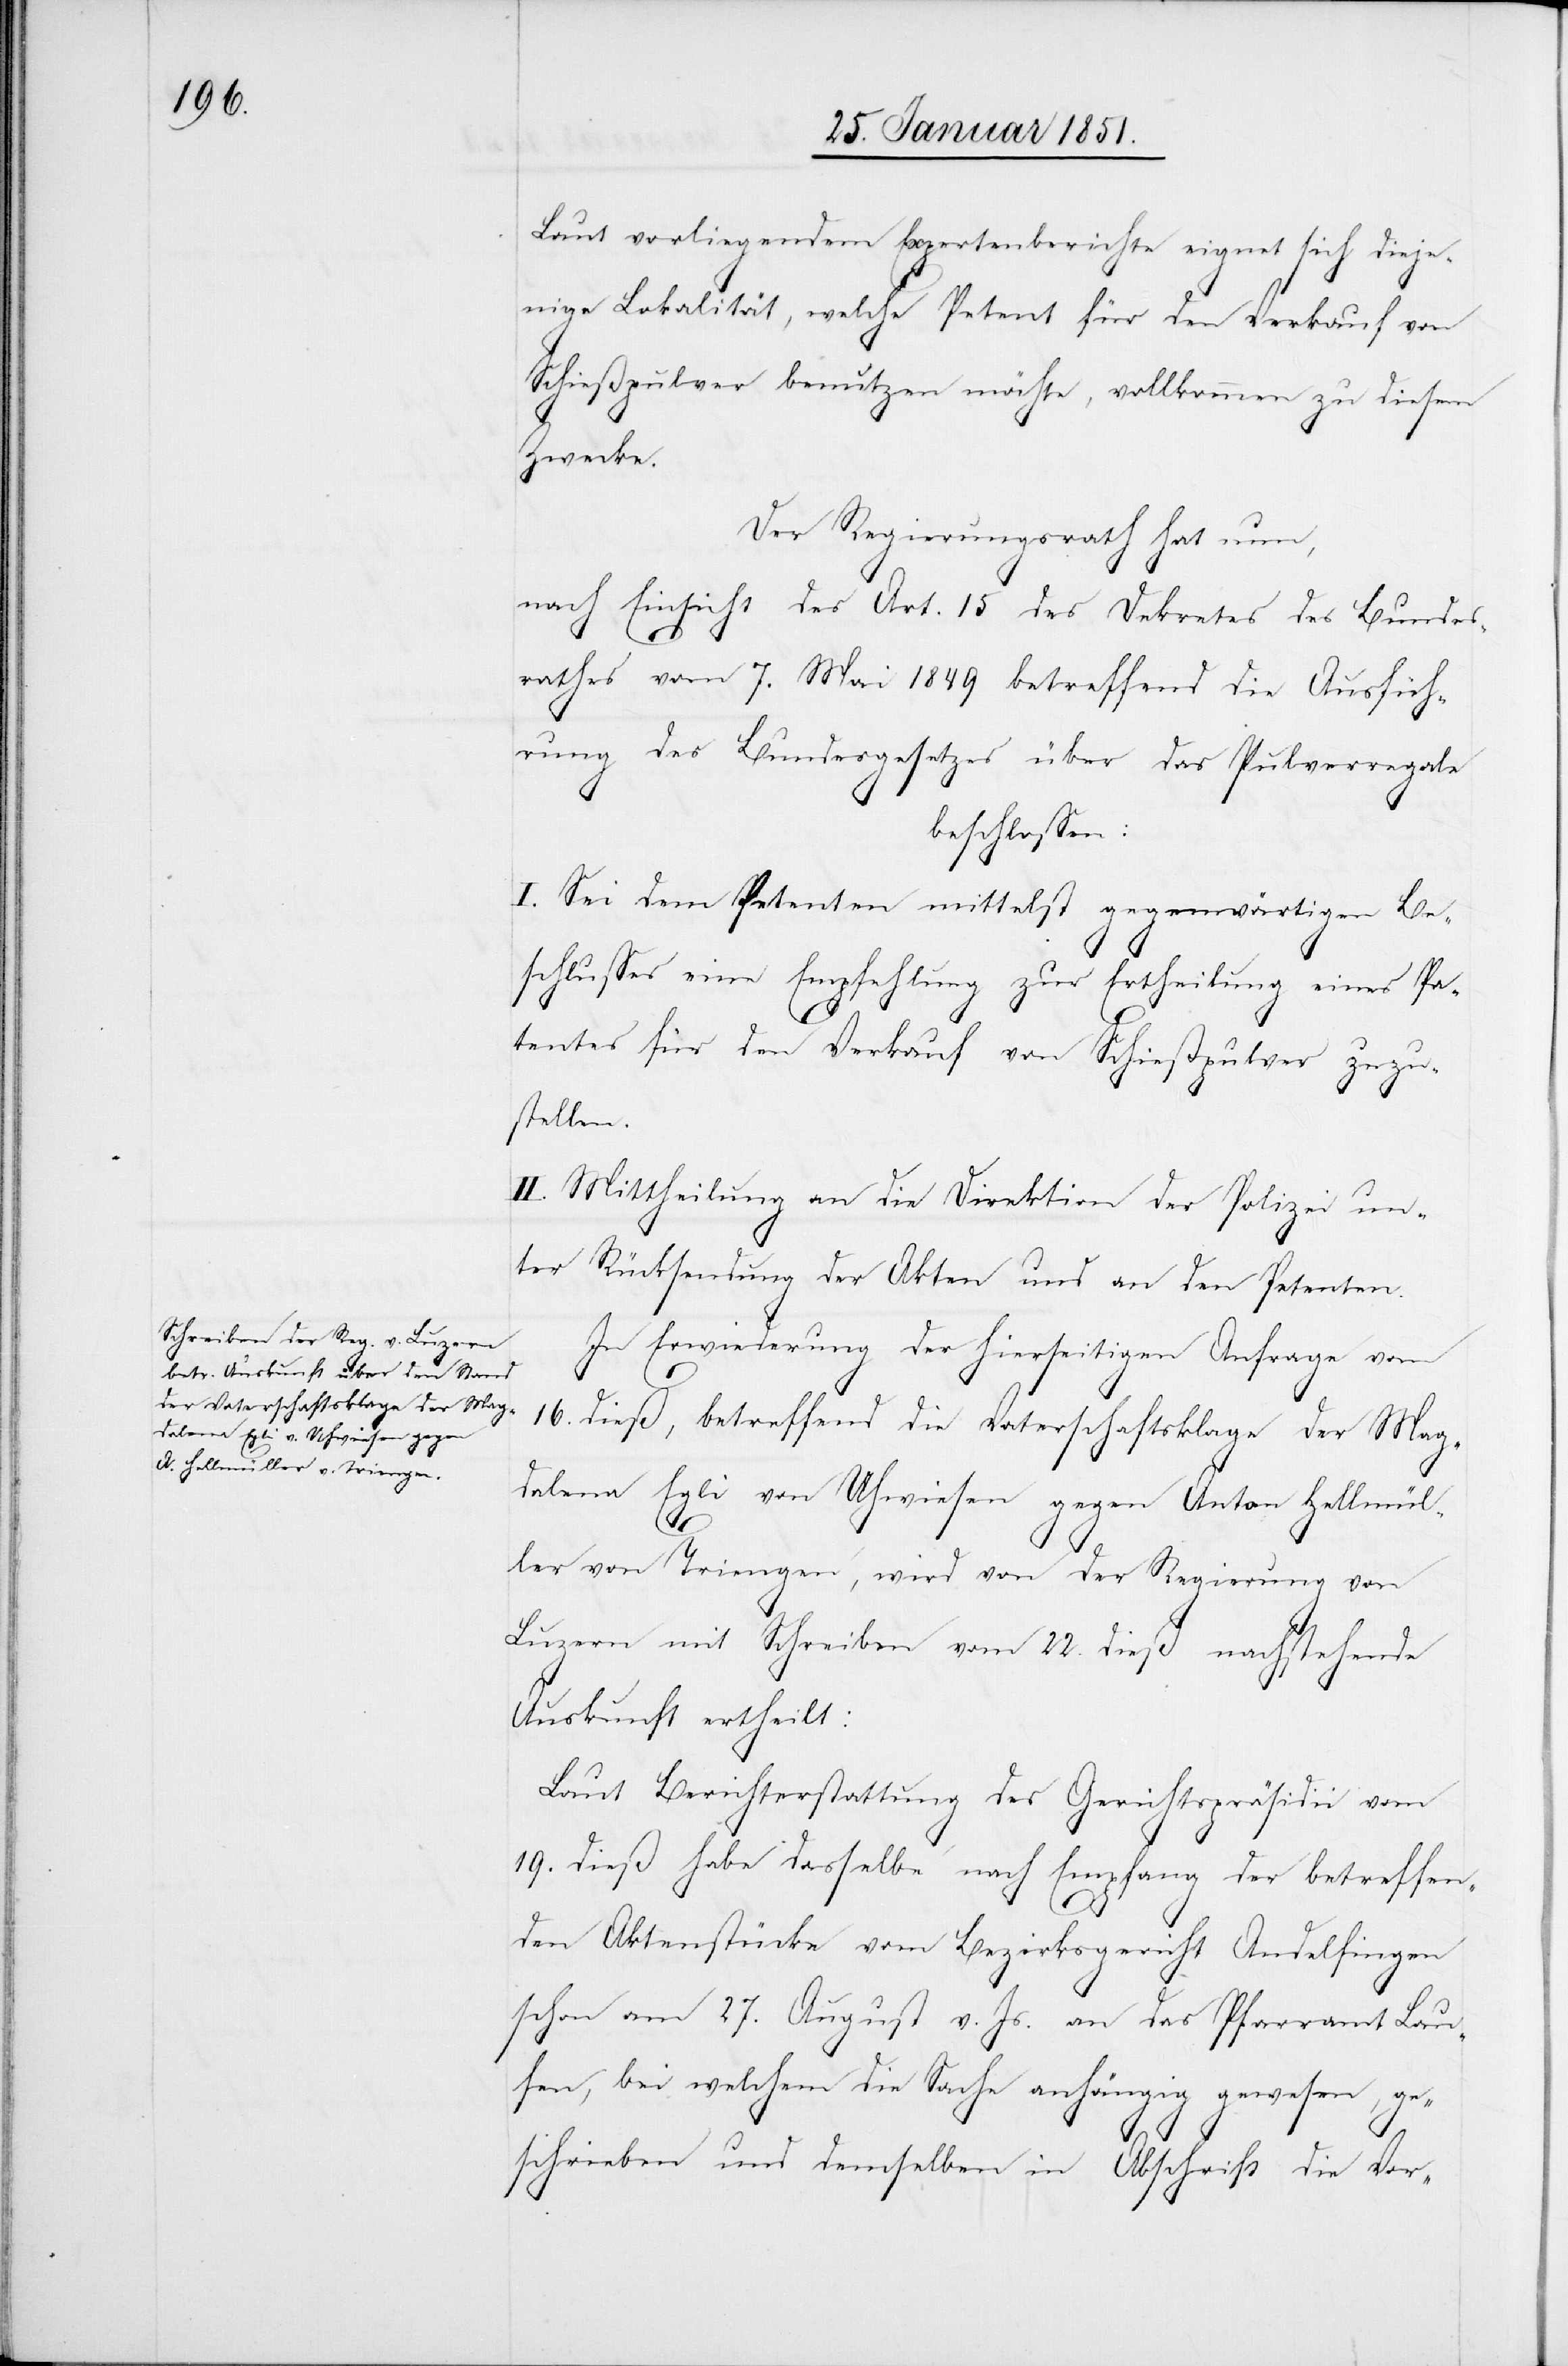
Laut vorliegendem Expertenberichte eignet sich dieje¬
nige Lokalität, welche Petent für den Verkauf von
Schießpulver benutzen möchte, vollkommen zu diesem
Zwecke.
Der Regierungsrath hat nun,
nach Einsicht des Art. 15 des Dekretes des Bundes¬
rathes vom 7. Mai 1849 betreffend die Ausfüh¬
rung des Bundesgesetzes über das Pulverregale
beschlossen:
I. Sei dem Petenten mittelst gegenwärtigen Be¬
schlusses eine Empfehlung zur Ertheilung eines Pa¬
tentes für den Verkauf von Schießpulver zuzu¬
stellen.
II. Mittheilung an die Direktion der Polizei un¬
ter Rücksendung der Akten und an den Petenten.
In Erwiederung der hierseitigen Anfrage vom
16. dieß, betreffend die Vaterschaftsklage der Mag¬
dalena Egli von Uhwiesen gegen Anton Hellmül¬
ler von Triengen, wird von der Regierung von
Luzern mit Schreiben vom 22. dieß nachstehende
Auskunft ertheilt:
Laut Berichterstattung des Gerichtspräsidii vom
19. dieß habe dasselbe nach Empfang der betreffen¬
den Aktenstücke vom Bezirksgericht Andelfingen
schon am 27. August v. Js. an das Pfarramt Lau¬
fen, bei welchem die Sache anhängig gewesen, ge¬
schrieben und demselben in Abschrift die Vor-